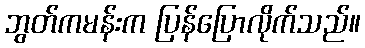
ဘွတ်ကမန်းက ပြန်ပြောလိုက်သည်။